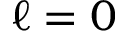
\ell = 0